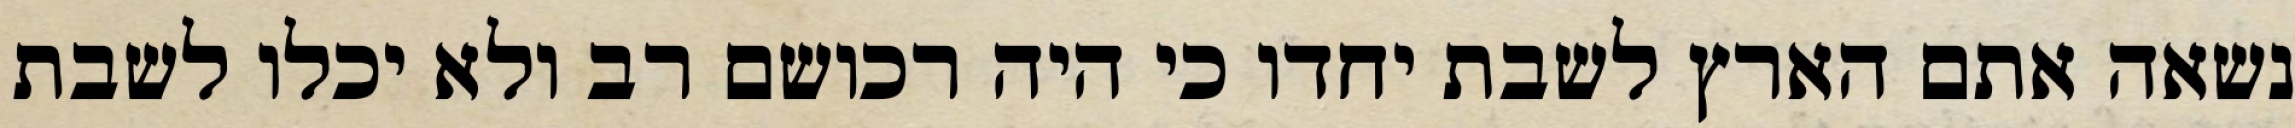
נשאה אתם הארץ לשבת יחדו כי היה רכושם רב ולא יכלו לשבת